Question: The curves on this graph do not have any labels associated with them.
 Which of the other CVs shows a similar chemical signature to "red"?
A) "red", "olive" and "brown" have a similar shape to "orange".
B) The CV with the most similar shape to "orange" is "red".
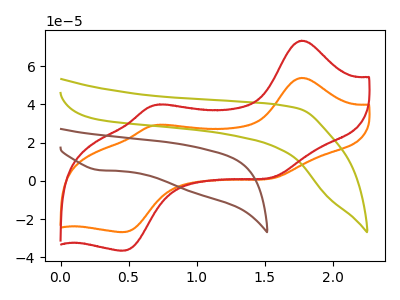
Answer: <think>The orange curve "orange" has anodic peaks at (1.75V, 53.80uA) (0.75V, 29.30uA) and cathodic peaks at (1.60V, 1.80uA) (0.45V, -26.70uA). The olive curve "olive" has no peaks. The red curve "red" has anodic peaks at (1.75V, 73.25uA) (0.75V, 39.90uA) and cathodic peaks at (1.60V, 2.45uA) (0.45V, -36.40uA). The brown curve "brown" has a cathodic peak at: (0.30V, 5.60uA).
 "orange" and "olive" have a different number of peaks. All the peaks in "orange" have a peak in "red" at the same potential. "orange" and "brown" have a different number of peaks. "olive" and "red" have a different number of peaks. "olive" and "brown" have a different number of peaks. "red" and "brown" have a different number of peaks.</think>
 <answer>B) The CV with the most similar shape to "orange" is "red".</answer>
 <eval>B</eval>